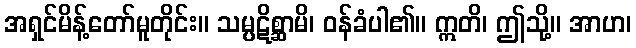
အရှင်မိန့်တော်မူတိုင်း။ သမ္ပဋိစ္ဆာမိ၊ ဝန်ခံပါ၏။ ဣတိ၊ ဤသို့။ အာဟ၊